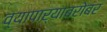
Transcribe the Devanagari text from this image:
व्यापाऱ्याबरोबर